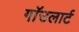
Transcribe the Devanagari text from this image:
गाॅउलार्ट